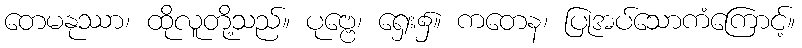
တေမနုဿာ၊ ထိုလူတို့သည်။ ပုဗ္ဗေ၊ ရှေး၌။ ကတေန၊ ပြုအပ်သောကံကြောင့်။